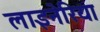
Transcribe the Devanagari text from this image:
लाइनेरिया